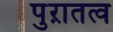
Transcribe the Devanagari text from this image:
पुऱातत्व